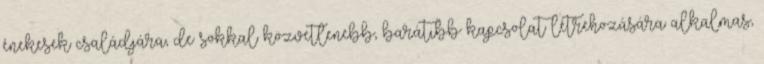
énekesek családjára, de sokkal közvetlenebb, barátibb kapcsolat létrehozására alkalmas,